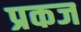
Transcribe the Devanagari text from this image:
प्रकज